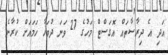
އަދި އެ ދިރާސާތައް އޮގަސްޓް މަހުގެ 27 ވަނަ ދުވަހާ ހަމައަށް ކުރާނެ